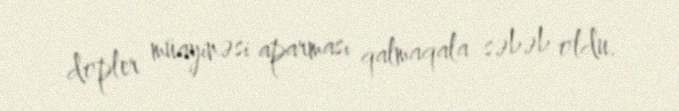
dopler müayinəsi aparması qalmaqala səbəb oldu.